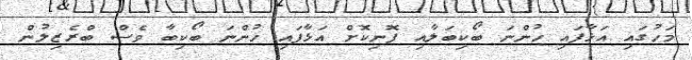
މަހުގައި އަޅާފައި ހުންނަ ބޯކިބަލާއި ފޮނިކޮށް އަޅާފައި ހުންނަ ބޯކިބާ ވެސް ބްރެޒިލުން